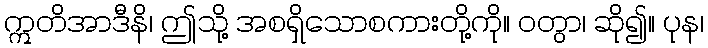
ဣတိအာဒီနိ၊ ဤသို့ အစရှိသောစကားတို့ကို။ ဝတွာ၊ ဆို၍။ ပုန၊